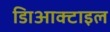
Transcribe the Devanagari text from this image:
डािआक्टाइल